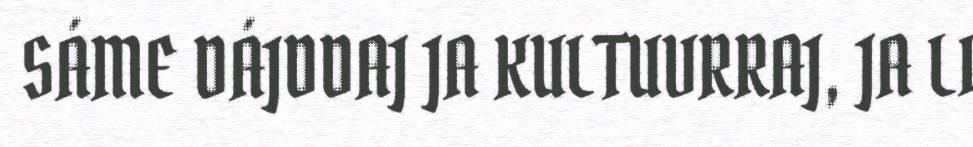
SÁME DÁJDDAJ JA KULTUVRRAJ, JA LI